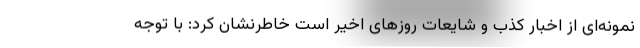
نمونه‌ای از اخبار کذب و شایعات روزهای اخیر است خاطرنشان کرد: با توجه